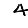
Digit: 4